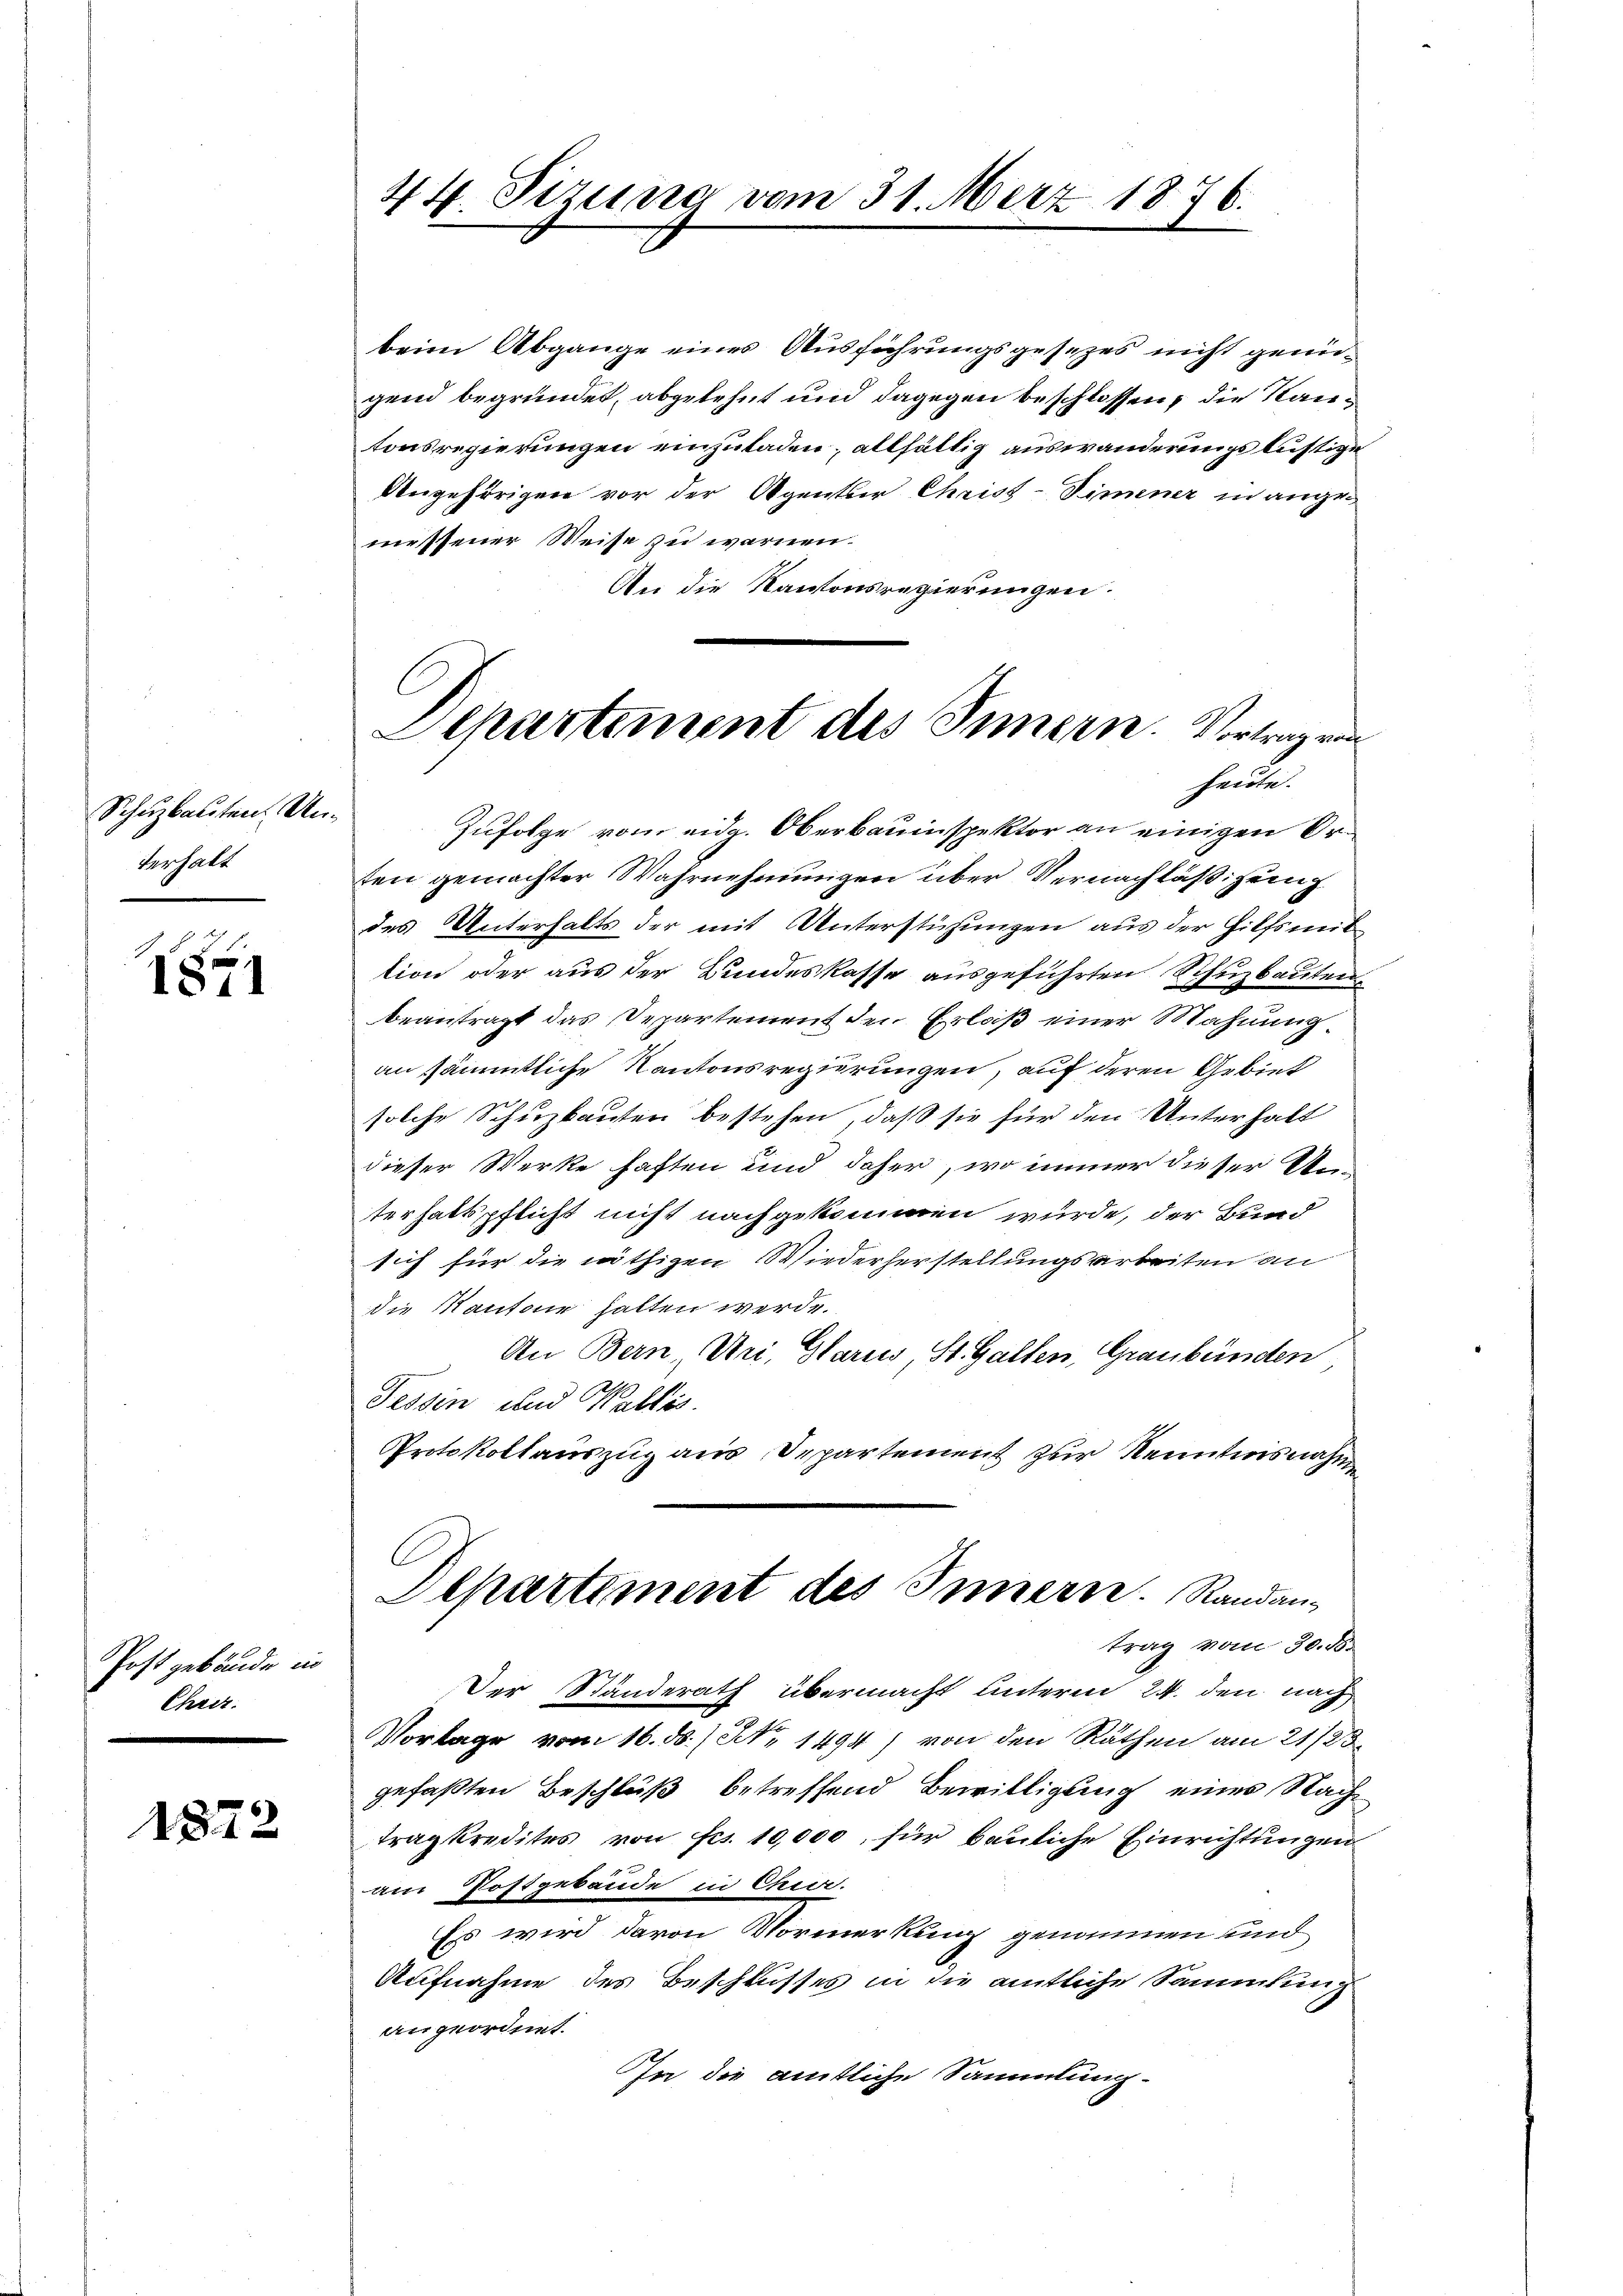
Schuzbauten Unterhalt

1871

Post gebäude in
Chret.

1872

44. Sizung vom 31. März 1876.

beim Abgange eines Ausführungsgesetzes nicht genügend begründet, abgelehnt und dagegen beschlossen, die Kantonsregierungen einzuladen; allfältig auswanderungslustize
Angehörigen vor der Agenther Christ-Simmer in angemessener Weise zu warmen.
An die Kantonsregierungen.
Zufolge vom eidg. Oberbauinspektor an einigen Orten gemachter Wahrnehmungen über Vernachläßigung
des Unterhalts der mit Unterstüzungen aus der Hilfsneit
tion oder aus der Bundeskasse ausgeführten Schuzbauten
beantragt das Departement den Erlaß einer Mahnung
an sämmtliche Kantonsregierungen, auf deren Gebiet
solche Schuzkauten bestehen, daß sie für den Unterhalt
dieser Werke haften und daher, wo immer dieser Unterhaltspflicht nicht nachgekommen wurde, der Bund
sich für die nöthigen Wiederherstellungsarbeiten an
die Kantour halten werde.
An Bern, Uri, Glarus, St. Galten, Graubünden
Tessin und Wallis.
Protokollauszug aus Departement zur Kenntnisnahme
C
Departiment des Innern. Randantrag vom 30. d.
Der Ständerath übermacht unterm 24. den nach
Vorlage vom 16. ds. / NNo. 1494) von den Räthen am 21/23.
gefaßten Beschluß betreffend Bewilligung einer Nachtrag kredites von Fr. 10,000, für bauliche Einrichtungen
am Postgebäude in Chur.
Es wird davon Vormerkung genommen und
Aufnahme des Beschlusses in die amtliche Sammlung
angeordnet.
In die amtliche Sammlung.

Departement des Innern. Vortragen
heute.